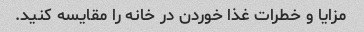
مزایا و خطرات غذا خوردن در خانه را مقایسه کنید.